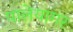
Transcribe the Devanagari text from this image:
पालेयागर